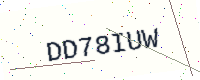
Text: DD78IUW